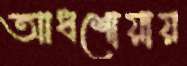
আধশোয়ায়